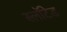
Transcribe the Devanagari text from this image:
स्लॉटेड